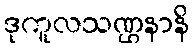
ဒုကူလသဏ္ဌနာနိ